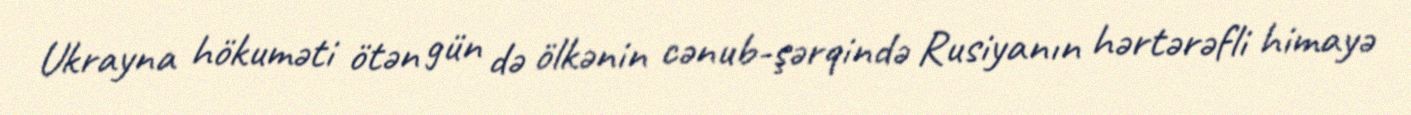
Ukrayna hökuməti ötən gün də ölkənin cənub-şərqində Rusiyanın hərtərəfli himayə